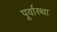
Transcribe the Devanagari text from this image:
पूर्वास्था